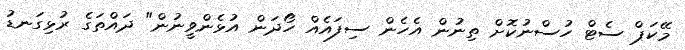
މޭކަޕް ސެޓް ހުސްނުކޮށް ތިނުން އެހެން ސިފައެއް ހޯދަން އުޅެންވީނުން" ދައްތަގެ ރުޅިގަނޑު